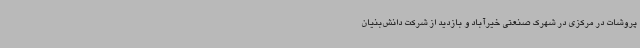
پروشات در مرکزی در شهرک صنعتی خیرآباد و بازدید از شرکت دانش‌بنیان